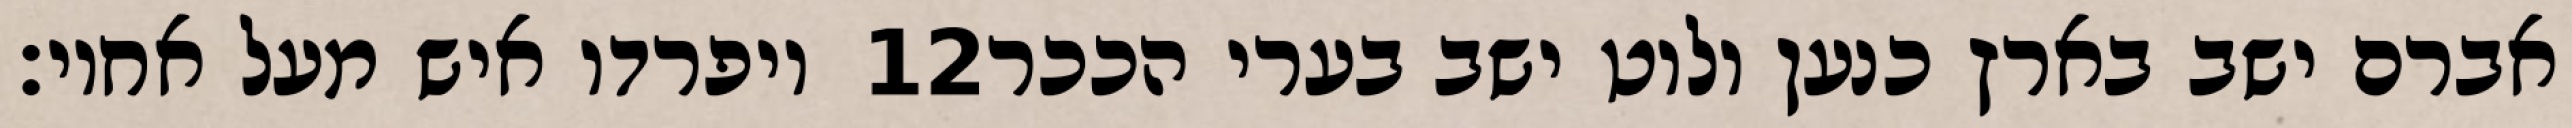
ויפרדו איש מעל אחיו׃ ‎12‏ אברם ישב בארץ כנען ולוט ישב בערי הככר